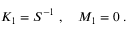
\begin{array} { r } { K _ { 1 } = S ^ { - 1 } \; , \quad M _ { 1 } = 0 \; . } \end{array}